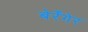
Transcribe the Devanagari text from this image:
बेर्रेंगेर